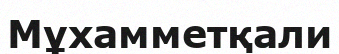
Мұхамметқали